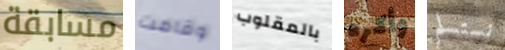
مسابقة وقامت بالمقلوب وأكره نستسلم